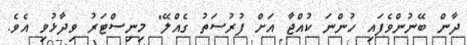
ދާން ބޭނުންވެފައި ހުންނަ ކުއްޖާ އަށް ފުރުސަތު ގެއްލޭ" މިނިސްޓަރު ވިދާޅުވި އެވެ.